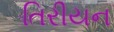
તિરીયન